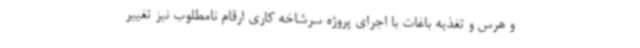
و هرس و تغذیه باغات با اجرای پروژه سرشاخه کاری ارقام نامطلوب نیز تغییر